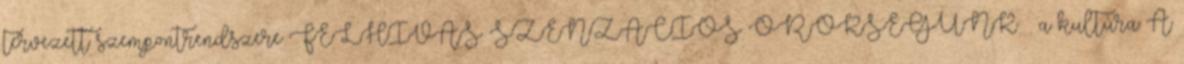
tervezett szempontrendszere FELHÍVÁS: SZENZÁCIÓS ÖRÖKSÉGÜNK – a kultúra A